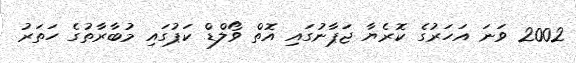
2002 ވަނަ އަހަރުގެ ކޮރެޔާ ޖަޕާނުގައި އޮތް ވޯލްޑް ކަޕުގައި މުބާރާތުގެ ހަތަރު